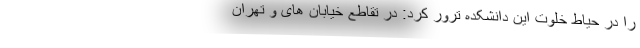
را در حیاط خلوت این دانشکده ترور کرد: در تقاطع خیابان های و تهران